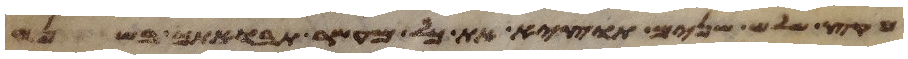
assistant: מקץ שלש שנים תוצא את כל מעשר תבואתך בשנה